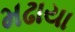
મઢાયા